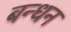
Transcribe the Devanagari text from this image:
बन्‍धन